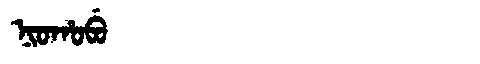
Manchu: ᠨᡳᠣᡥᠣᠪᡠ
Romanization: NIOHOBU